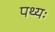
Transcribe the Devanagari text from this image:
पथ्यः